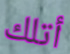
أتلك